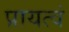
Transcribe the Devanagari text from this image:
प्रायत्वं